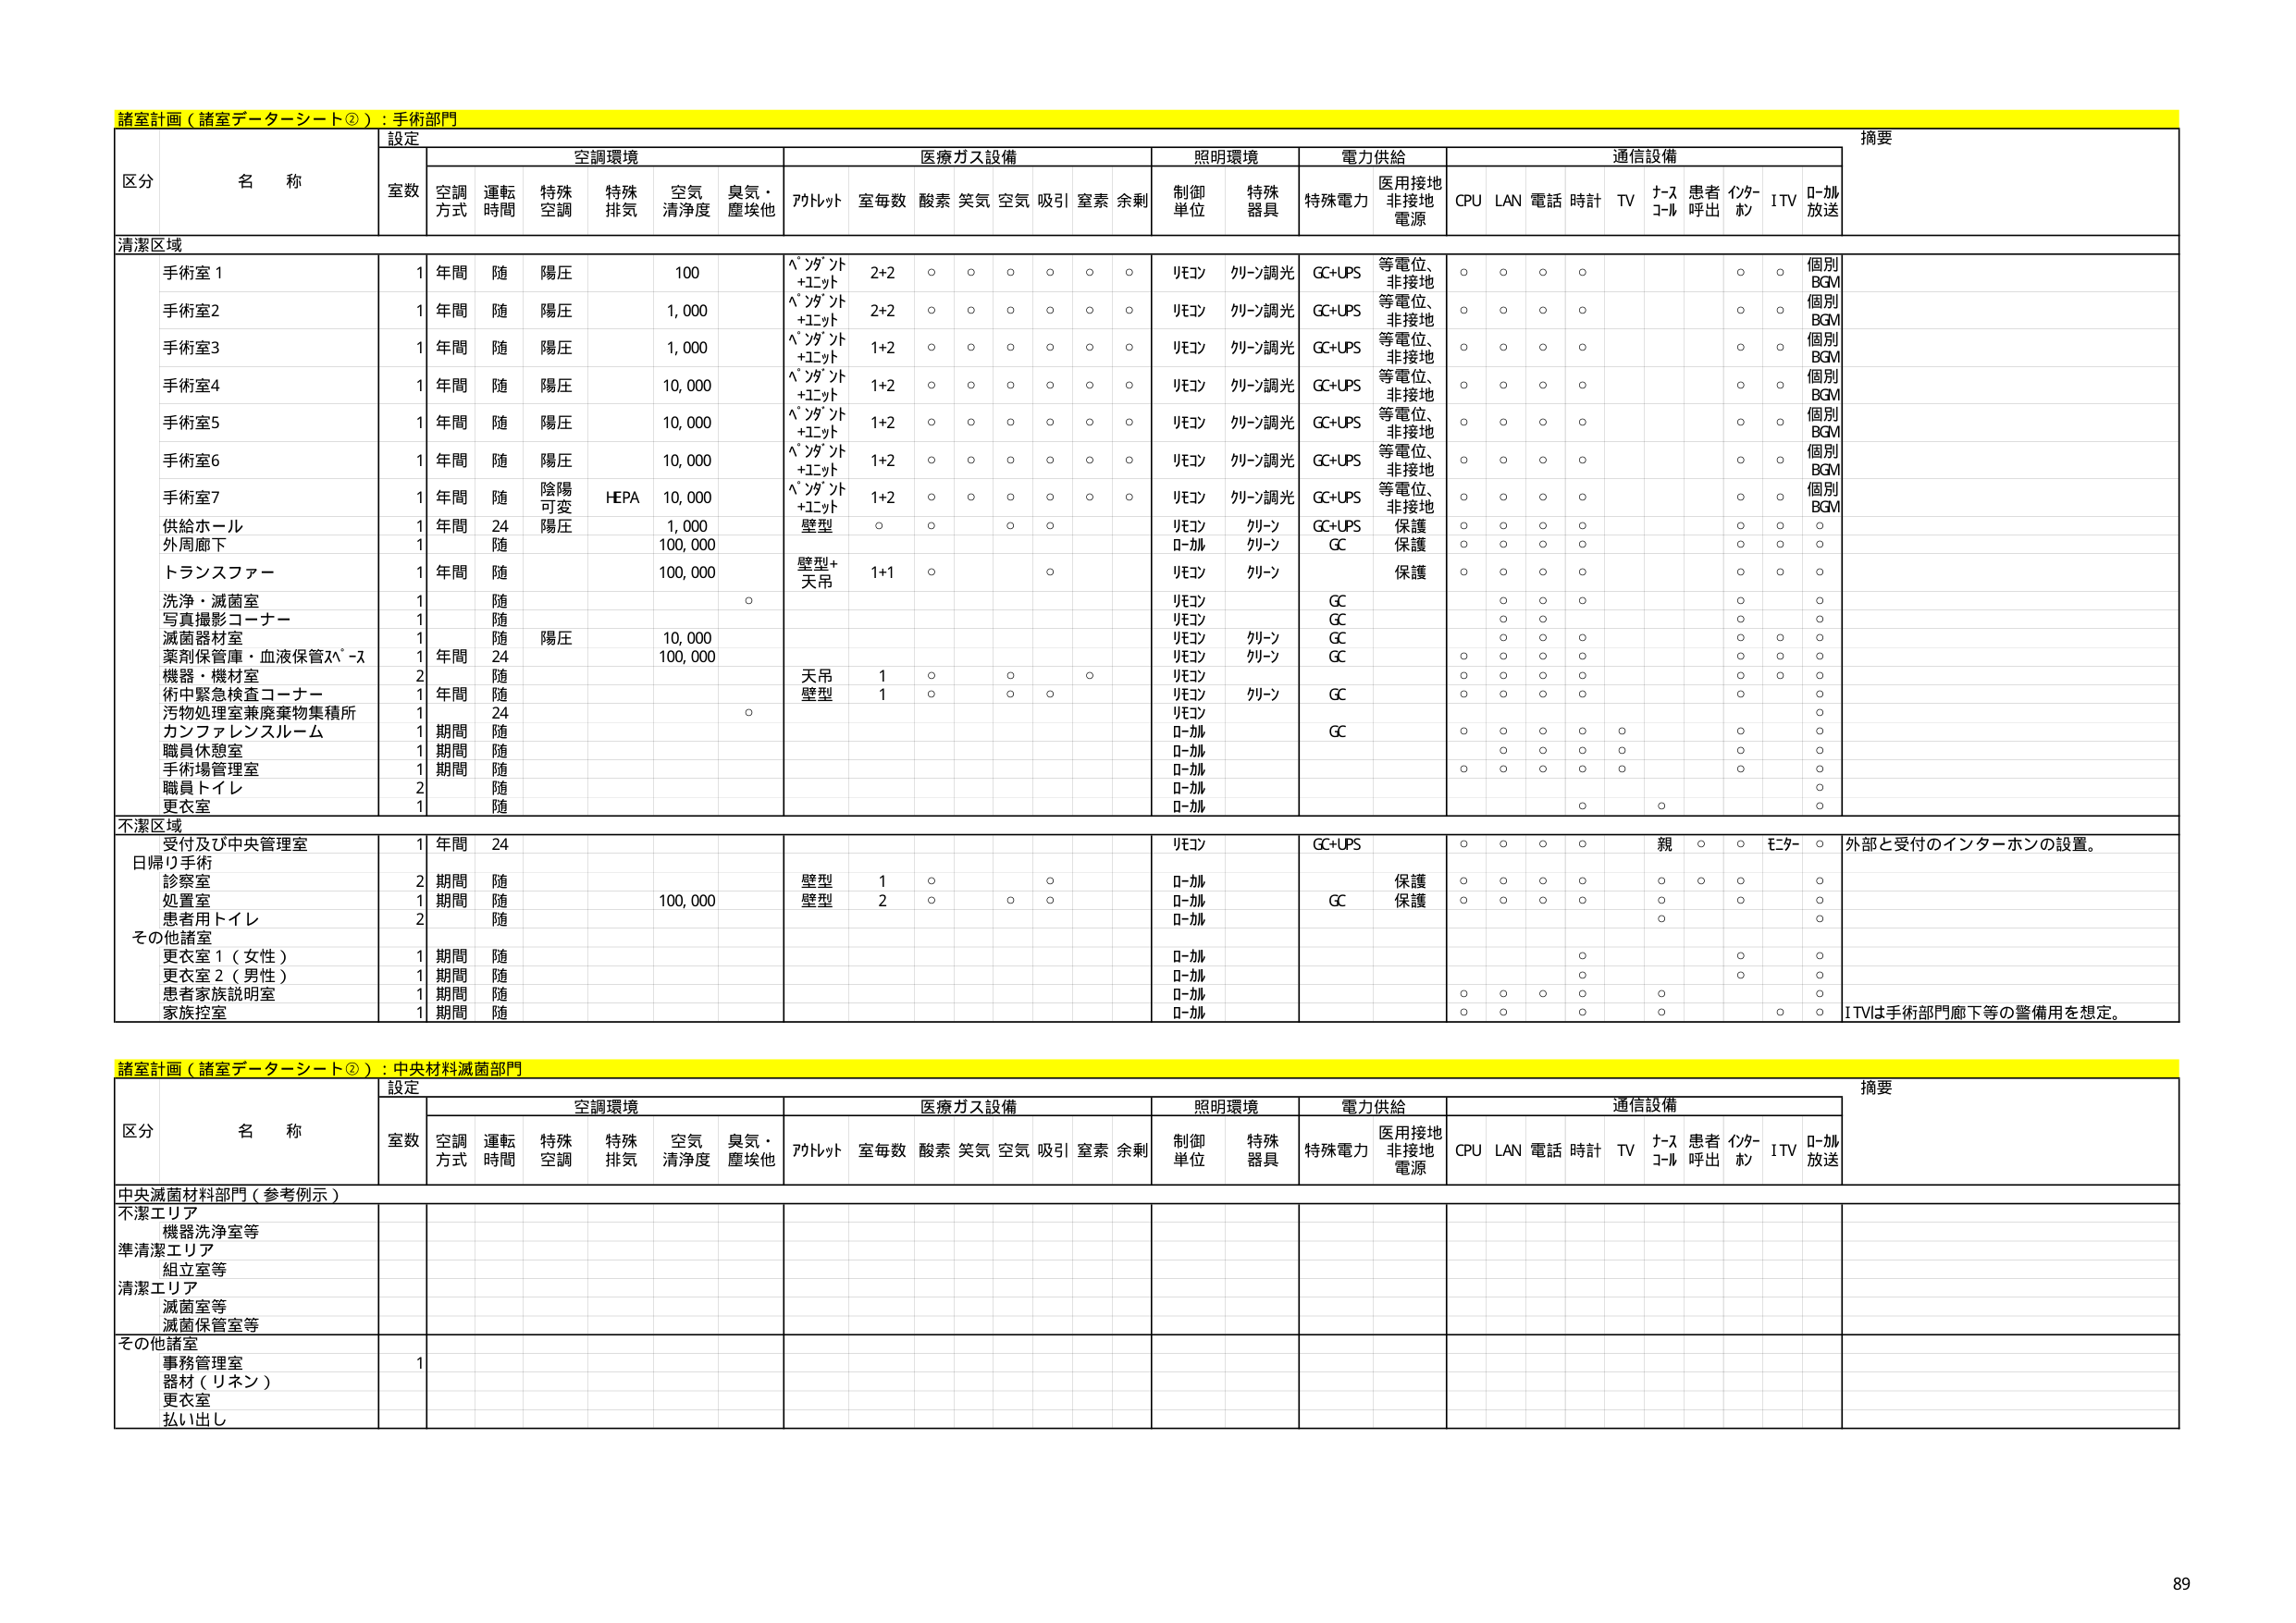
諸室計画（諸室データーシート②）：手術部門

設定
摘要

区分 名称
室数 空調方式 運転時間 特殊空調 特殊排気 空気清浄度 臭気・塵埃他 アルトット 室毎数 酸素 笑気 空気 吸引 窒素 余剰 制御単位 特殊器具 特殊電力 医用接地非接地電源 CPU LAN 電話 時計 TV ナースコール 患者呼出 インターホン ITV Ω-加放送

清潔区域

手術室1 1 年間 随 陽圧 100 ベンダント+エッジ 2+2 ○ ○ ○ ○ ○ ○ リモコン クリーン調光 GC+UPS 等電位、非接地 ○ ○ ○ ○ ○ ○ 個別BGM
手術室2 1 年間 随 陽圧 1,000 ベンダント+エッジ 2+2 ○ ○ ○ ○ ○ ○ リモコン クリーン調光 GC+UPS 等電位、非接地 ○ ○ ○ ○ ○ ○ 個別BGM
手術室3 1 年間 随 陽圧 1,000 ベンダント+エッジ 1+2 ○ ○ ○ ○ ○ ○ リモコン クリーン調光 GC+UPS 等電位、非接地 ○ ○ ○ ○ ○ ○ 個別BGM
手術室4 1 年間 随 陽圧 10,000 ベンダント+エッジ 1+2 ○ ○ ○ ○ ○ ○ リモコン クリーン調光 GC+UPS 等電位、非接地 ○ ○ ○ ○ ○ ○ 個別BGM
手術室5 1 年間 随 陽圧 10,000 ベンダント+エッジ 1+2 ○ ○ ○ ○ ○ ○ リモコン クリーン調光 GC+UPS 等電位、非接地 ○ ○ ○ ○ ○ ○ 個別BGM
手術室6 1 年間 随 陽圧 10,000 ベンダント+エッジ 1+2 ○ ○ ○ ○ ○ ○ リモコン クリーン調光 GC+UPS 等電位、非接地 ○ ○ ○ ○ ○ ○ 個別BGM
手術室7 1 年間 随 陰陽可変 HEPA 10,000 ベンダント+エッジ 1+2 ○ ○ ○ ○ ○ ○ リモコン クリーン調光 GC+UPS 等電位、非接地 ○ ○ ○ ○ ○ ○ 個別BGM
供給ホール 1 年間 24 陽圧 1,000 壁型 ○ ○ ○ ○ リモコン クリーン GC+UPS 保護 ○ ○ ○ ○ ○ ○ ○
外周廊下 1 随 100,000 リモコン クリーン GC 保護 ○ ○ ○ ○ ○ ○ ○
トランスファー 1 年間 随 100,000 壁型+天吊 1+1 ○ ○ リモコン クリーン 保護 ○ ○ ○ ○ ○ ○ ○
洗浄・滅菌室 1 随 ○ リモコン GC ○ ○ ○ ○ ○ ○
写真撮影コーナー 1 随 リモコン GC ○ ○ ○ ○ ○
滅菌器材室 1 随 陽圧 10,000 リモコン クリーン GC ○ ○ ○ ○ ○ ○
薬剤保管庫・血液保管スペース 1 年間 24 100,000 リモコン クリーン GC ○ ○ ○ ○ ○ ○
機器・機材室 2 随 天吊 1 ○ ○ ○ ○ リモコン クリーン GC ○ ○ ○ ○ ○ ○
術中緊急検査コーナー 1 年間 随 壁型 1 ○ ○ ○ ○ リモコン クリーン GC ○ ○ ○ ○ ○ ○
汚物処理室兼廃棄物集積所 1 24 ○ リモコン ○
カンファレンスルーム 1 期間 随 Ω-カル GC ○ ○ ○ ○ ○ ○ ○
職員休憩室 1 期間 随 Ω-カル ○ ○ ○ ○ ○ ○ ○
手術場管理室 1 期間 随 Ω-カル ○ ○ ○ ○ ○ ○ ○
職員トイレ 2 随 Ω-カル ○
更衣室 1 随 Ω-カル ○ ○ ○

不潔区域

受付及び中央管理室 1 年間 24 リモコン GC+UPS ○ ○ ○ ○ 親 ○ ○ モニター ○ 外部と受付のインターホンの設置。
日帰り手術
診察室 2 期間 随 壁型 1 ○ ○ ロ-カル 保護 ○ ○ ○ ○ ○ ○ ○ ○
処置室 1 期間 随 100,000 壁型 2 ○ ○ ○ ロ-カル GC 保護 ○ ○ ○ ○ ○ ○ ○
患者用トイレ 2 随 ロ-カル ○ ○ ○
その他諸室
更衣室1（女性） 1 期間 随 ロ-カル ○ ○ ○
更衣室2（男性） 1 期間 随 ロ-カル ○ ○ ○
患者家族説明室 1 期間 随 ロ-カル ○ ○ ○ ○ ○ ○
家族控室 1 期間 随 ロ-カル ○ ○ ○ ○ ○ ○ ITVは手術部門廊下等の警備用を想定。

諸室計画（諸室データーシート②）：中央材料滅菌部門

設定
摘要

区分 名称
室数 空調方式 運転時間 特殊空調 特殊排気 空気清浄度 臭気・塵埃他 アルトット 室毎数 酸素 笑気 空気 吸引 窒素 余剰 制御単位 特殊器具 特殊電力 医用接地非接地電源 CPU LAN 電話 時計 TV ナースコール 患者呼出 インターホン ITV Ω-加放送

中央滅菌材料部門（参考例示）

不潔エリア
機器洗浄室等

準清潔エリア
組立室等

清潔エリア
滅菌室等
滅菌保管室等

その他諸室
事務管理室
器材（リネン）
更衣室
払い出し

89